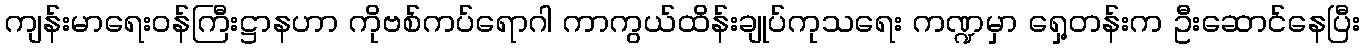
ကျန်းမာရေးဝန်ကြီးဋ္ဌာနဟာ ကိုဗစ်ကပ်ရောဂါ ကာကွယ်ထိန်းချုပ်ကုသရေး ကဏ္ဍမှာ ရှေ့တန်းက ဦးဆောင်နေပြီး